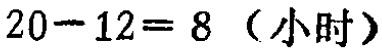
\(20 - 12 = 8 \ (\text{小时})\)